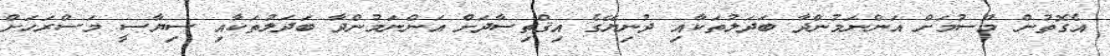
އެގޮތުން މޫސުމަށް އަންނަމުންދާ ބަދަލުތަކާއި ދުނިޔޭގެ އިޤްތިސާދަށް އަންނަމުންދާ ބަދަލުތަކާއި ސިޔާސީ މަސްރަހަށް